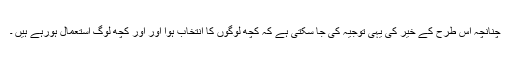
چنانچہ اس طرح کے خیر کی یہی توجیہ کی جا سکتی ہے کہ کچھ لوگوں کا انتخاب ہوا اور اور کچھ لوگ استعمال ہورہے ہیں ۔